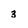
Character: 3